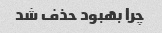
چرا بهبود حذف شد